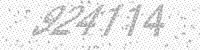
Solution: 924114